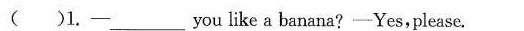
( )1.-_________ you like a banana?-Yes,please.